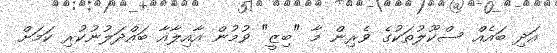
އަދި ބައެއް ސްކޫލުތަކުގެ ވެރިން މާ "ބިޒީ" ވުމުން އާއިލާއާ ބައްދަލުނުކުރި ކަމަށް